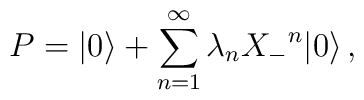
P=|0\rangle+\sum_{n=1}^\infty\lambda_n{X_-}^n|0\rangle\,,